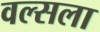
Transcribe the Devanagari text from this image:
वल्‍सला